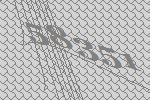
58351